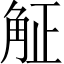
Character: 𧣠